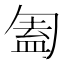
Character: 㔩